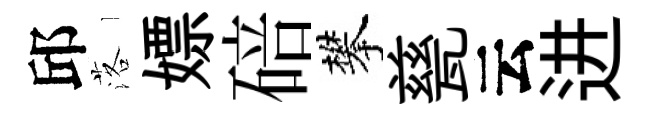
邱落嫖碚攀甆云进